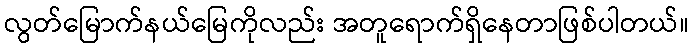
လွတ်မြောက်နယ်မြေကိုလည်း အတူရောက်ရှိနေတာဖြစ်ပါတယ်။